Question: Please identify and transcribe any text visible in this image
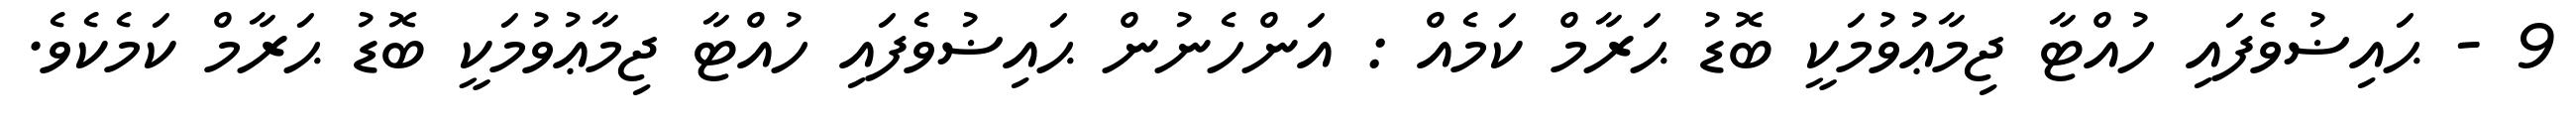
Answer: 9 - ޙައިޟުވެފައި ހުއްޓާ ޖިމާޢުވުމަކީ ބޮޑު ޙަރާމް ކަމެއް : އަންހެނުން ޙައިޟުވެފައި ހުއްޓާ ޖިމާޢުވުމަކީ ބޮޑު ޙަރާމް ކަމެކެވެ.